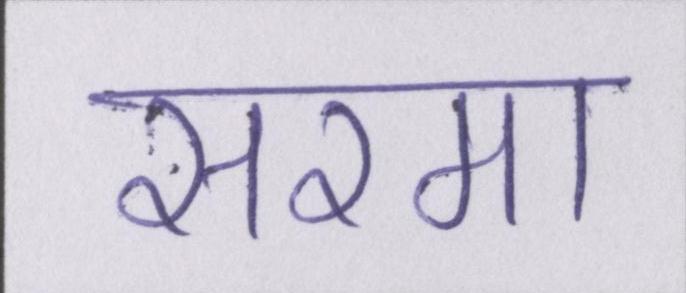
सरमा